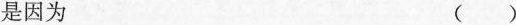
是因为 ()